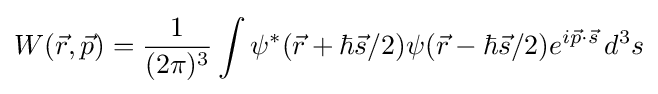
W({\vec {r}},{\vec {p}})={\frac {1}{(2\pi )^{3}}}\int \psi ^{*}({\vec {r}}+\hbar {\vec {s}}/2)\psi ({\vec {r}}-\hbar {\vec {s}}/2)e^{i{\vec {p}}\cdot {\vec {s}}}\,d^{3}s